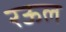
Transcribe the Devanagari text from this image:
रऊल